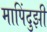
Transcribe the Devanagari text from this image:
मापिंदुझी